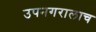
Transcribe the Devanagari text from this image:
उपनगरालाच